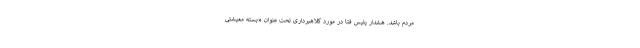
مردم باشد. هشدار پلیس فتا در مورد کلاهبرداری تحت عنوان «بسته معیشتی